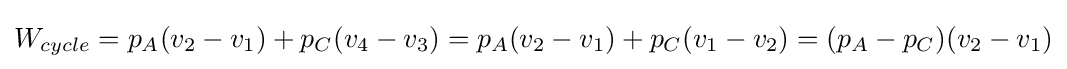
W_{cycle}=p_{A}(v_{2}-v_{1})+p_{C}(v_{4}-v_{3})=p_{A}(v_{2}-v_{1})+p_{C}(v_{1}-v_{2})=(p_{A}-p_{C})(v_{2}-v_{1})